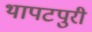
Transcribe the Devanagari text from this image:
थापटपुरी